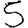
Digit: 5